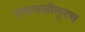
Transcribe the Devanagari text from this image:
रामघळीतूनच